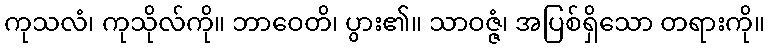
ကုသလံ၊ ကုသိုလ်ကို။ ဘာဝေတိ၊ ပွား၏။ သာဝဇ္ဇံ၊ အပြစ်ရှိသော တရားကို။